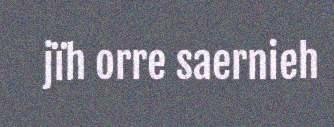
jïh orre saernieh